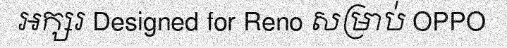
អក្សរ Designed for Reno សម្រាប់ OPPO